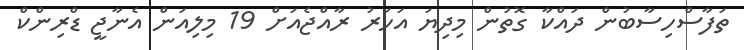
ތަފާސްހިސާބުން ދައްކާ ގޮތުން މިދިޔަ އަހަރު ރާއްޖެއަށް 19 މިލިއަން އެނާޖީ ޑްރިންކް